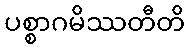
ပစ္စာဂမိဿတီတိ